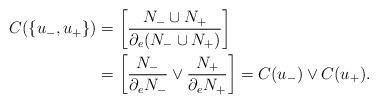
LaTeX: \begin{align*} C(\{ u_-,u_+\})&=\left[\frac{N_-\cup N_+}{\partial_e (N_-\cup N_+)}\right]\\ &=\left[\frac{N_-}{\partial_e N_-}\vee\frac{N_+}{\partial_e N_+}\right]=C(u_-)\vee C(u_+).\end{align*}